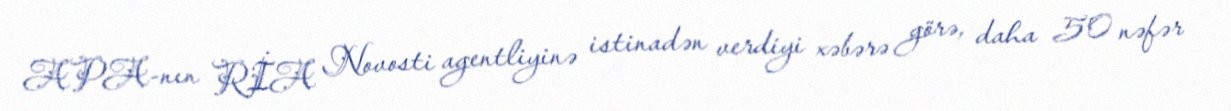
APA-nın RİA Novosti agentliyinə istinadən verdiyi xəbərə görə, daha 50 nəfər